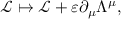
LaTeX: { \mathcal { L } } \mapsto { \mathcal { L } } + \varepsilon \partial _ { \mu } \Lambda ^ { \mu } ,